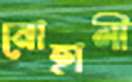
নোহালী